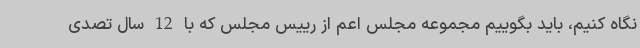
نگاه کنیم، باید بگوییم مجموعه مجلس اعم از رییس مجلس که با 12 سال تصدی